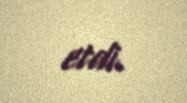
etdi.